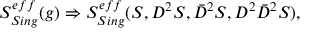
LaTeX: S _ { S i n g } ^ { e f f } ( g ) \Rightarrow S _ { S i n g } ^ { e f f } ( S , D ^ { 2 } S , \bar { D } ^ { 2 } S , D ^ { 2 } \bar { D } ^ { 2 } S ) ,